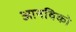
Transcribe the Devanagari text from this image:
आनविको